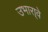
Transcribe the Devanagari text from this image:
उभारा्वे